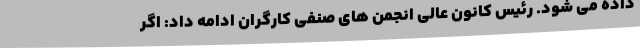
داده می شود. رئیس کانون عالی انجمن های صنفی کارگران ادامه داد: اگر